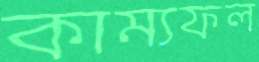
কাম্যফল